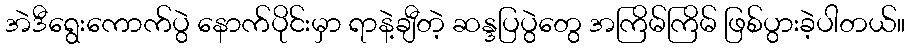
အဲဒီရွေးကောက်ပွဲ နောက်ပိုင်းမှာ ရာနဲ့ချီတဲ့ ဆန္ဒပြပွဲတွေ အကြိမ်ကြိမ် ဖြစ်ပွားခဲ့ပါတယ်။